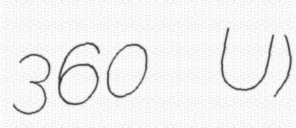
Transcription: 360 U)